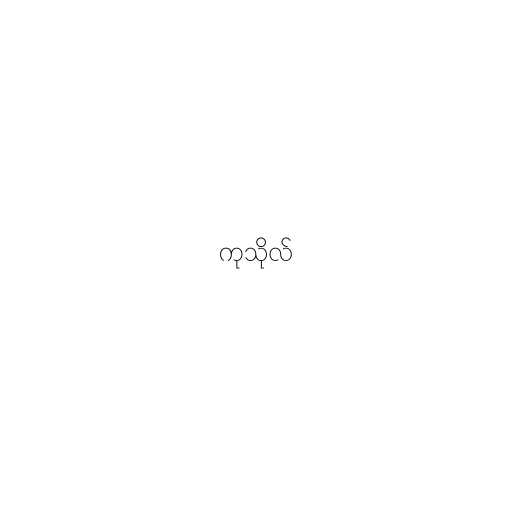
ကုသိုလ်